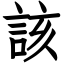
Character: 該